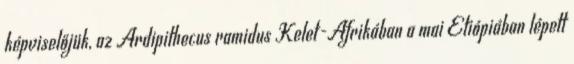
képviselőjük, az Ardipithecus ramidus Kelet-Afrikában a mai Etiópiában lépett